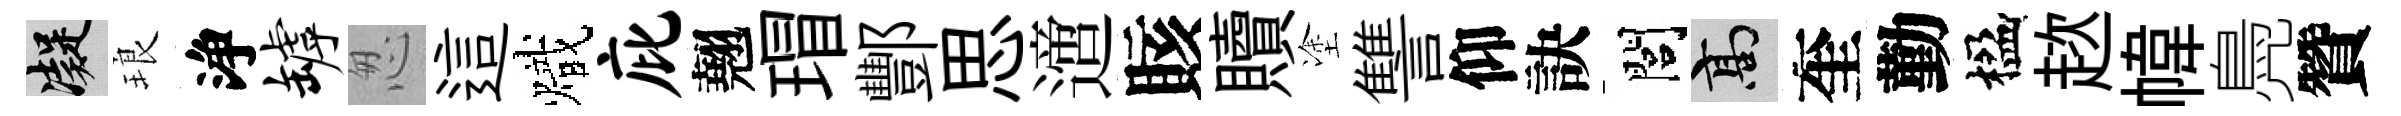
凝琅浄罅怱這熾庇翹瑁酆思𨗁賅贖塗讐仰訣閭高奎勤楹趑幃鳧贊